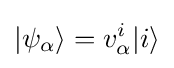
|\psi _{\alpha }\rangle =v_{\alpha }^{i}|i\rangle